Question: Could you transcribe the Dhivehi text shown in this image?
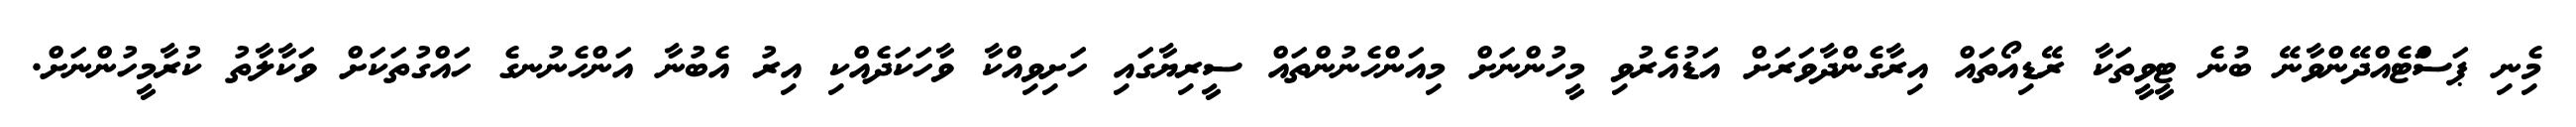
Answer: މިެނި ޕަސަްޓެއްދޭންވާނޭ ބުނެ ޓީވީތަކާ ރޭޑިއޯތައް އިރާގެންދާވަރަށް އަޑުއެރުވި މީހުންނަށް މިއަންހެނުންތައް ސީރިޔާގައި ހަށިވިއްކާ ވާހަކަދެއްކި އިރު އެބުނާ އަންހެނުނގެ ހައްގުތަކަށް ވަކާލާތު ކުރާމީހުންނަށް.